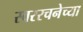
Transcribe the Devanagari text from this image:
स्वररचनेच्या